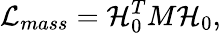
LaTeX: {\cal L}_{mass}={\cal H}_{0}^{T}M{\cal H}_{0},